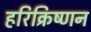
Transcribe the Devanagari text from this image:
हरिक्रिष्णन